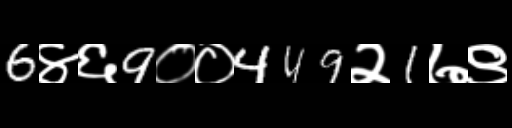
Text: 6४६9००449२1७९